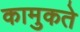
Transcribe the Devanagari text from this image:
कामुकते